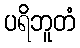
ပရိဘူတံ